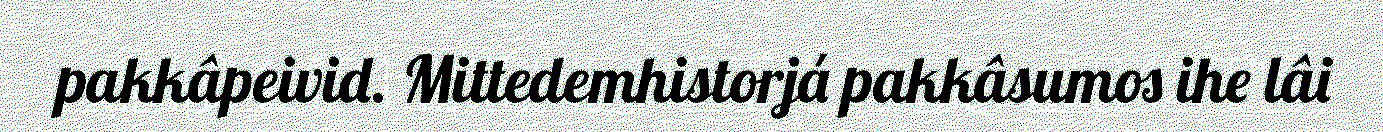
pakkâpeivid. Mittedemhistorjá pakkâsumos ihe lâi